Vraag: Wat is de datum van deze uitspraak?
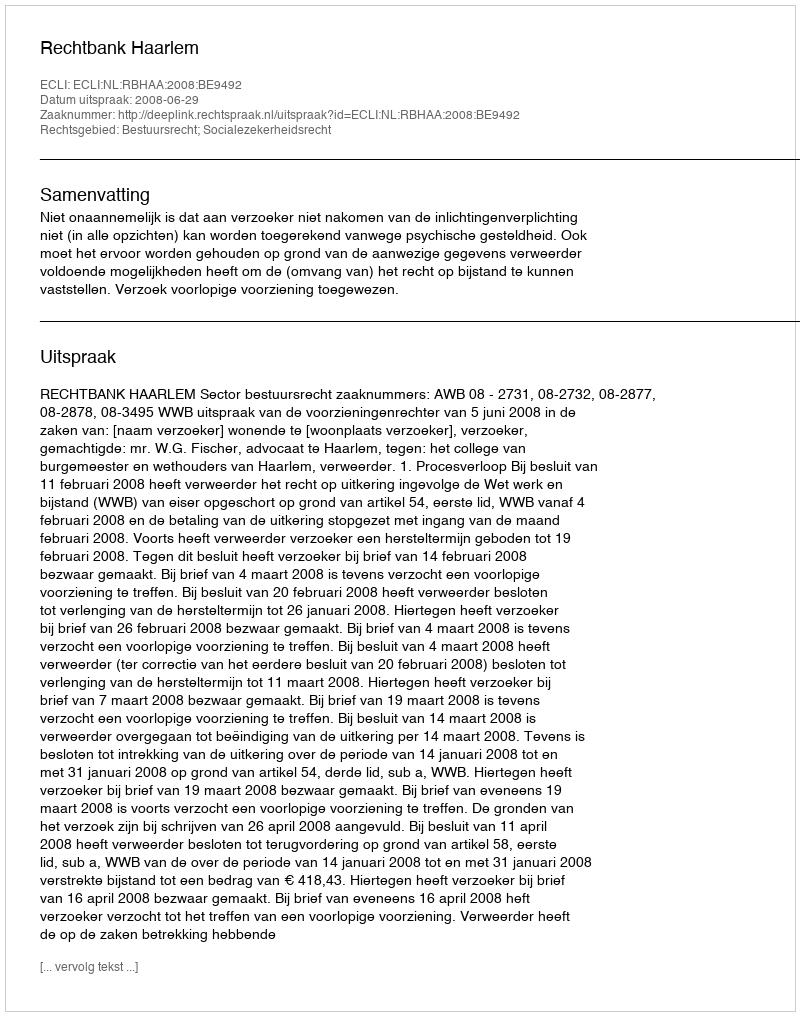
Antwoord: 2008-06-29